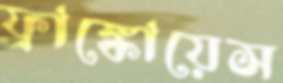
ফ্রাঙ্কোয়েস